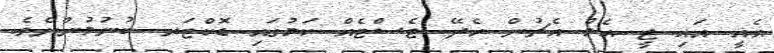
އެއީ އައި ޖީ އެމް އެޗުން ހެދޭ ޓެސްޓެއް ކަމުގައި ޑޮކްޓަރ ބުނުމުންނެވެ.